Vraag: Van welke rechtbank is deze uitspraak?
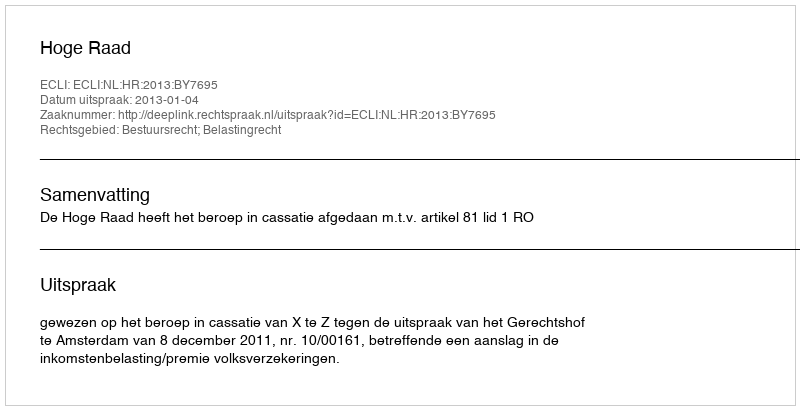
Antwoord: Hoge Raad